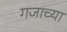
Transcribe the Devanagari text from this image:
गजाच्या